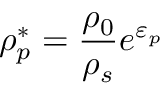
\rho _ { p } ^ { * } = \frac { \rho _ { 0 } } { \rho _ { s } } e ^ { \varepsilon _ { p } }